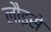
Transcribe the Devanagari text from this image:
लौइसे